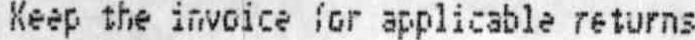
KEEP THE INVOICE FOR APPLICABLE RETURNS